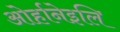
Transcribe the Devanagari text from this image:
ओर्हानेइलि